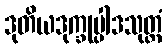
ဒုတိယဒုက္ခုပ္ပါဒသုတ္တံ